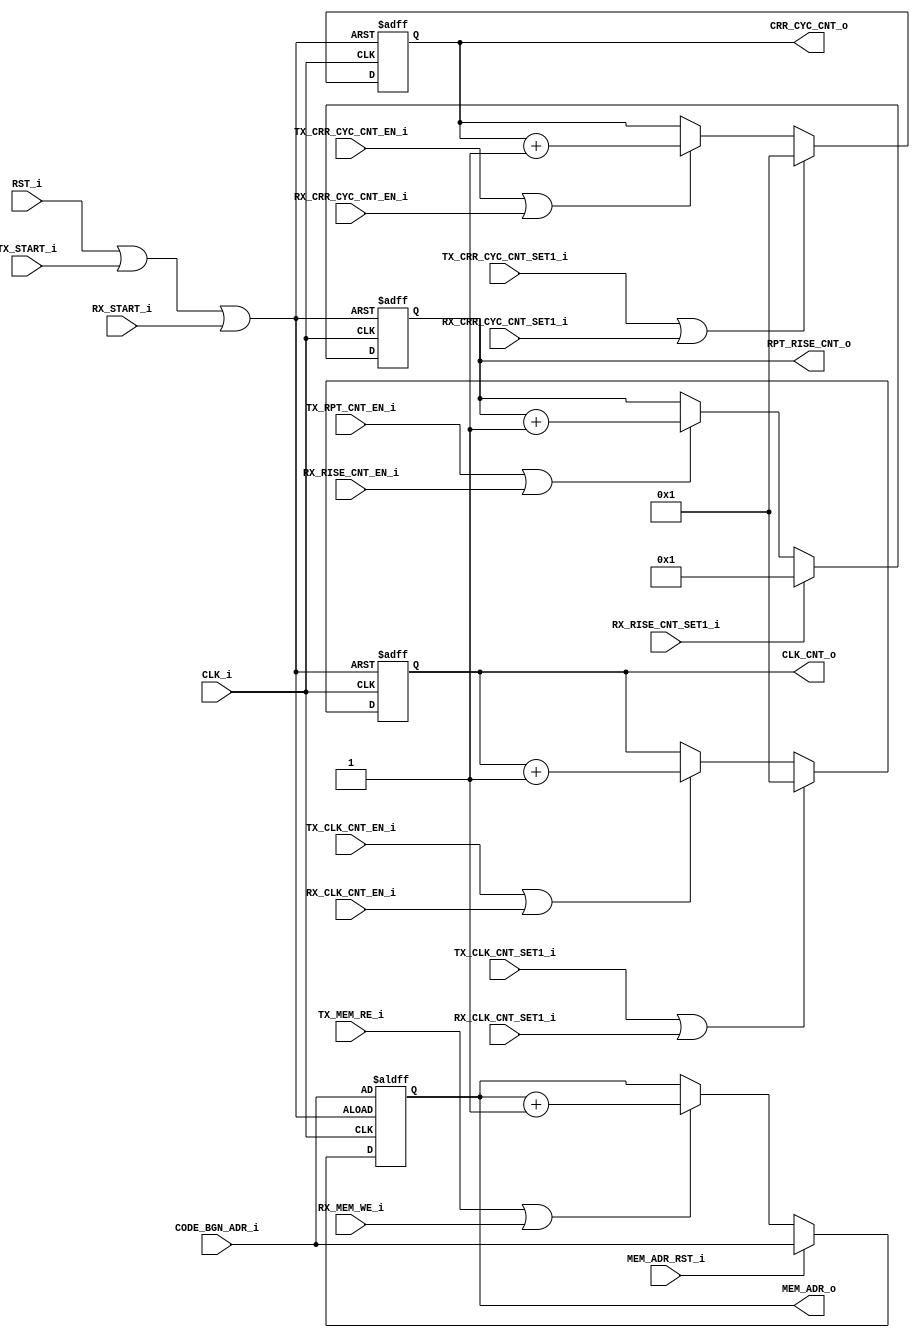
//**********************************************************
//Title:    ir_counters
//Design:   ir_counters.v
//Function: Counters tobe shared with Tx & Rx controller
//Company:  QuickLogic Corp.
//
//**********************************************************

`timescale 1ns/10ps
//`include "../rtl/compile_param.vh"

module ir_counters
	#(parameter	MEM_ADR_WIDTH = 10)
(
	input			 			RST_i,					// active-high reset
	input						CLK_i,					// clock (~12MHz?)
	input						TX_START_i,				// TX start flag
	input						RX_START_i,				// RX start flag
	input 						TX_CLK_CNT_EN_i,		// TX Clock Count Enable
	input 						RX_CLK_CNT_EN_i,		// RX Clock Count Enable
	input 						TX_CLK_CNT_SET1_i,		// TX Clock Count Set to 1
	input 						RX_CLK_CNT_SET1_i,		// RX Clock Count Set to 1
	output [15:0]				CLK_CNT_o,				// Clock Count
	input 						TX_CRR_CYC_CNT_EN_i,	// TX Carrier Cycle Count Enable
	input 						RX_CRR_CYC_CNT_EN_i,	// RX Carrier Cycle Count Enable
	input 						TX_CRR_CYC_CNT_SET1_i,	// TX Carrier Cycle Count Set to 1
	input 						RX_CRR_CYC_CNT_SET1_i,	// RX Carrier Cycle Count Set to 1
	output [15:0]				CRR_CYC_CNT_o,			// Carrier Cycle Count
	input						TX_RPT_CNT_EN_i,		// TX Code Repeat Count Enable
	input						RX_RISE_CNT_SET1_i,		// RX Carrier Rise Count Set to 1
	input						RX_RISE_CNT_EN_i,		// RX Carrier Rise Count Enable
	output [6:0]				RPT_RISE_CNT_o,			// TX Code Repeat Count / Rx Carrier Rise Count
	input						TX_MEM_RE_i,			// TX Memory Read Enable
	input						RX_MEM_WE_i,			// RX Memory Write Enable
	input						MEM_ADR_RST_i,			// Memory Address Reset
	input [MEM_ADR_WIDTH-1:0]	CODE_BGN_ADR_i,			// Code Begin Address
	output [MEM_ADR_WIDTH-1:0]	MEM_ADR_o				// Memory Address
);


reg [15:0]				rCLK_CNT, rCRR_CYC_CNT;
reg [6:0]				rRPT_RISE_CNT;
reg [MEM_ADR_WIDTH-1:0]	rMEM_ADR;

assign 	CLK_CNT_o = rCLK_CNT;
assign 	CRR_CYC_CNT_o = rCRR_CYC_CNT;
assign	RPT_RISE_CNT_o = rRPT_RISE_CNT;
assign	MEM_ADR_o = rMEM_ADR;

wire	wCNT_RST = RST_i | TX_START_i | RX_START_i;

///// Carrer Cycle Counter ///////////////////////////////////

always @(posedge CLK_i or posedge wCNT_RST) begin
	if (wCNT_RST) begin
		rCLK_CNT <= 0;
	end
	else if (TX_CLK_CNT_SET1_i | RX_CLK_CNT_SET1_i) begin
		rCLK_CNT <= 16'd1;
	end
	else if (TX_CLK_CNT_EN_i | RX_CLK_CNT_EN_i) begin
		rCLK_CNT <= rCLK_CNT + 1;
	end
//	else begin
//		rCLK_CNT <= rCLK_CNT;
//	end
end


///// IR ON/OFF Counter /////////////////////////////////////

always @(posedge CLK_i or posedge wCNT_RST) begin
	if (wCNT_RST) begin
		rCRR_CYC_CNT <= 0;
	end
	else if (TX_CRR_CYC_CNT_SET1_i | RX_CRR_CYC_CNT_SET1_i) begin
		rCRR_CYC_CNT <= 16'd1;
	end
	else if (TX_CRR_CYC_CNT_EN_i | RX_CRR_CYC_CNT_EN_i) begin
		rCRR_CYC_CNT <= rCRR_CYC_CNT + 1;
	end
//	else begin
//		rCRR_CYC_CNT <= rCRR_CYC_CNT;
//	end
end


///// Tx Code Repeat / Rx Carrier Rise Counter //////////////

always @(posedge CLK_i or posedge wCNT_RST) begin
	if (wCNT_RST) begin
		rRPT_RISE_CNT <= 0;
	end
	else if (RX_RISE_CNT_SET1_i) begin
		rRPT_RISE_CNT <= 7'd1;
	end
	else if (TX_RPT_CNT_EN_i | RX_RISE_CNT_EN_i) begin
		rRPT_RISE_CNT <= rRPT_RISE_CNT + 1;
	end
//	else begin
//		rRPT_RISE_CNT <= rRPT_RISE_CNT;
//	end
end


///// Memory Address Counter ////////////////////////////////

always @(posedge CLK_i or posedge wCNT_RST) begin
	if (wCNT_RST) begin
		rMEM_ADR <= CODE_BGN_ADR_i;
	end
	else if (MEM_ADR_RST_i) begin
		rMEM_ADR <= CODE_BGN_ADR_i;
	end
	else if (TX_MEM_RE_i | RX_MEM_WE_i) begin
		rMEM_ADR <= rMEM_ADR + 1;
	end
//	else begin
//		rMEM_ADR <= rMEM_ADR;
//	end
end

endmodule